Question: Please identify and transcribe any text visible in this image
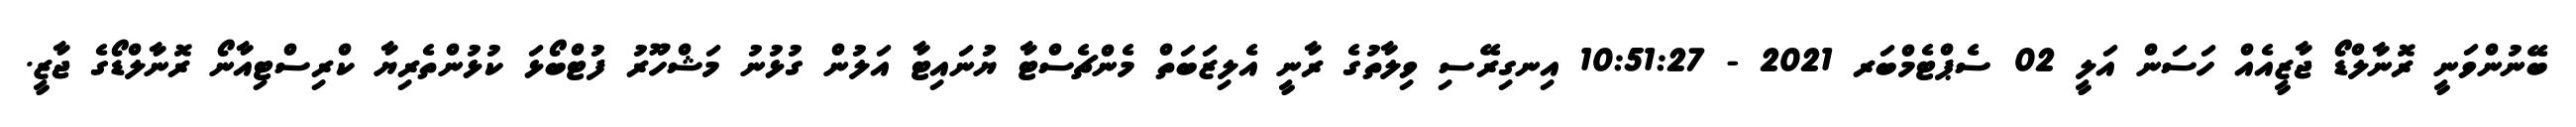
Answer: ބޭނުންވަނީ ރޮނާލްޑޯ ޖާޒީއެއް ހަސަން އަލީ 02 ސެޕްޓެމްބަރ 2021 - 10:51:27 އިނގިރޭސި ވިލާތުގެ ރާނީ އެލިޒަބަތް މެންޗެސްޓާ ޔުނައިޓާ އަލުން ގުޅުނު މަޝްހޫރު ފުޓްބޯޅަ ކުޅުންތެރިޔާ ކްރިސްޓިއާނޯ ރޮނާލްޑޯގެ ޖާޒީ.